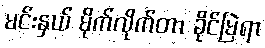
မင်းနှယ် မိုက်လိုက်တာ ခိုင်မြဲရာ